Insane asylums in Bengal annual reports 1867-1875 - 1867-1875
Year: 1867
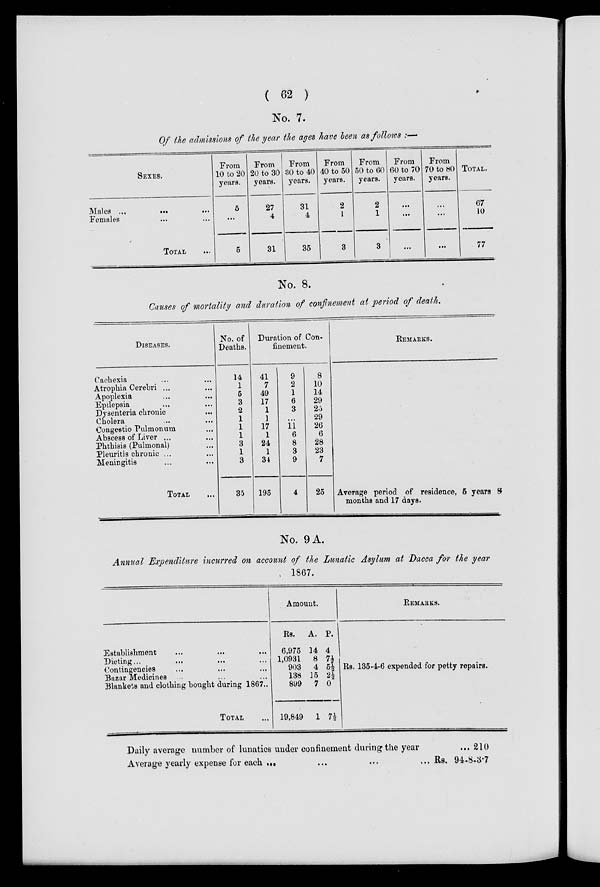
( 62 )
No. 7.
Of the admissions of the year the ages have been as follows :—
SEXES.
Males ...
...
...
Females ... ...
TOTAL ...
From
10 to 20
years.
5
...
5
From
20 to 30
years.
27
4
31
From
30 to 40
years.
31
4
35
From
40 to 50
years.
2
1
3
From
50 to 60
years.
2
1
3
From
60 to 70
years.
...
...
...
From
70 to 80
years.
...
...
...
TOTAL.
67
10
77
No. 8.
Causes of mortality and duration of confinement at period of death.
DISEASES.
Cachexia ... ...
Atrophia Cerebri ... ...
Apoplexia ... ...
Epilepsia ... ...
Dysenteria chronic ...
Cholera ... ...
Congestio Pulmonum ...
Abscess of Liver ... ...
Phthisis (Pulmonal) ...
Pleuritis chronic ... ...
Meningitis ... ...
TOTAL ...
No. of
Deaths.
14
1
5
3
2
1
1
1
3
1
8
35
Duration of Con-
finement.
41
7
49
17
1
1
17
1
24
1
34
195
9
2
1
6
3
...
11
6
8
8
9
4
8
10
14
29
25
29
26
6
28
23
7
25
REMARKS.
Average period of residence, 5 years 8
months and 17 days.
No. 9 A.
Annual Expenditure incurred on account of the Lunatic Asylum at Dacca for the year
1867.
Establishment ... ... ...
Dieting... ... ... ...
Contingencies ... ... ...
Bazar Medicines ... ... ...
Blankets and clothing bought during 1867..
TOTAL ...
Amount.
Rs.
6,975
1,0931
903
138
899
19,849
A.
14
8
4
15
15
1
P.
4
7½
5½
2½
2½
7½
REMARKS.
Rs. 135-4-6 expended for petty repairs.
Daily average number of lunatics under confinement during the year
Average yearly expense for each ... ... ... ...
... 210
Rs. 94-8-3-7